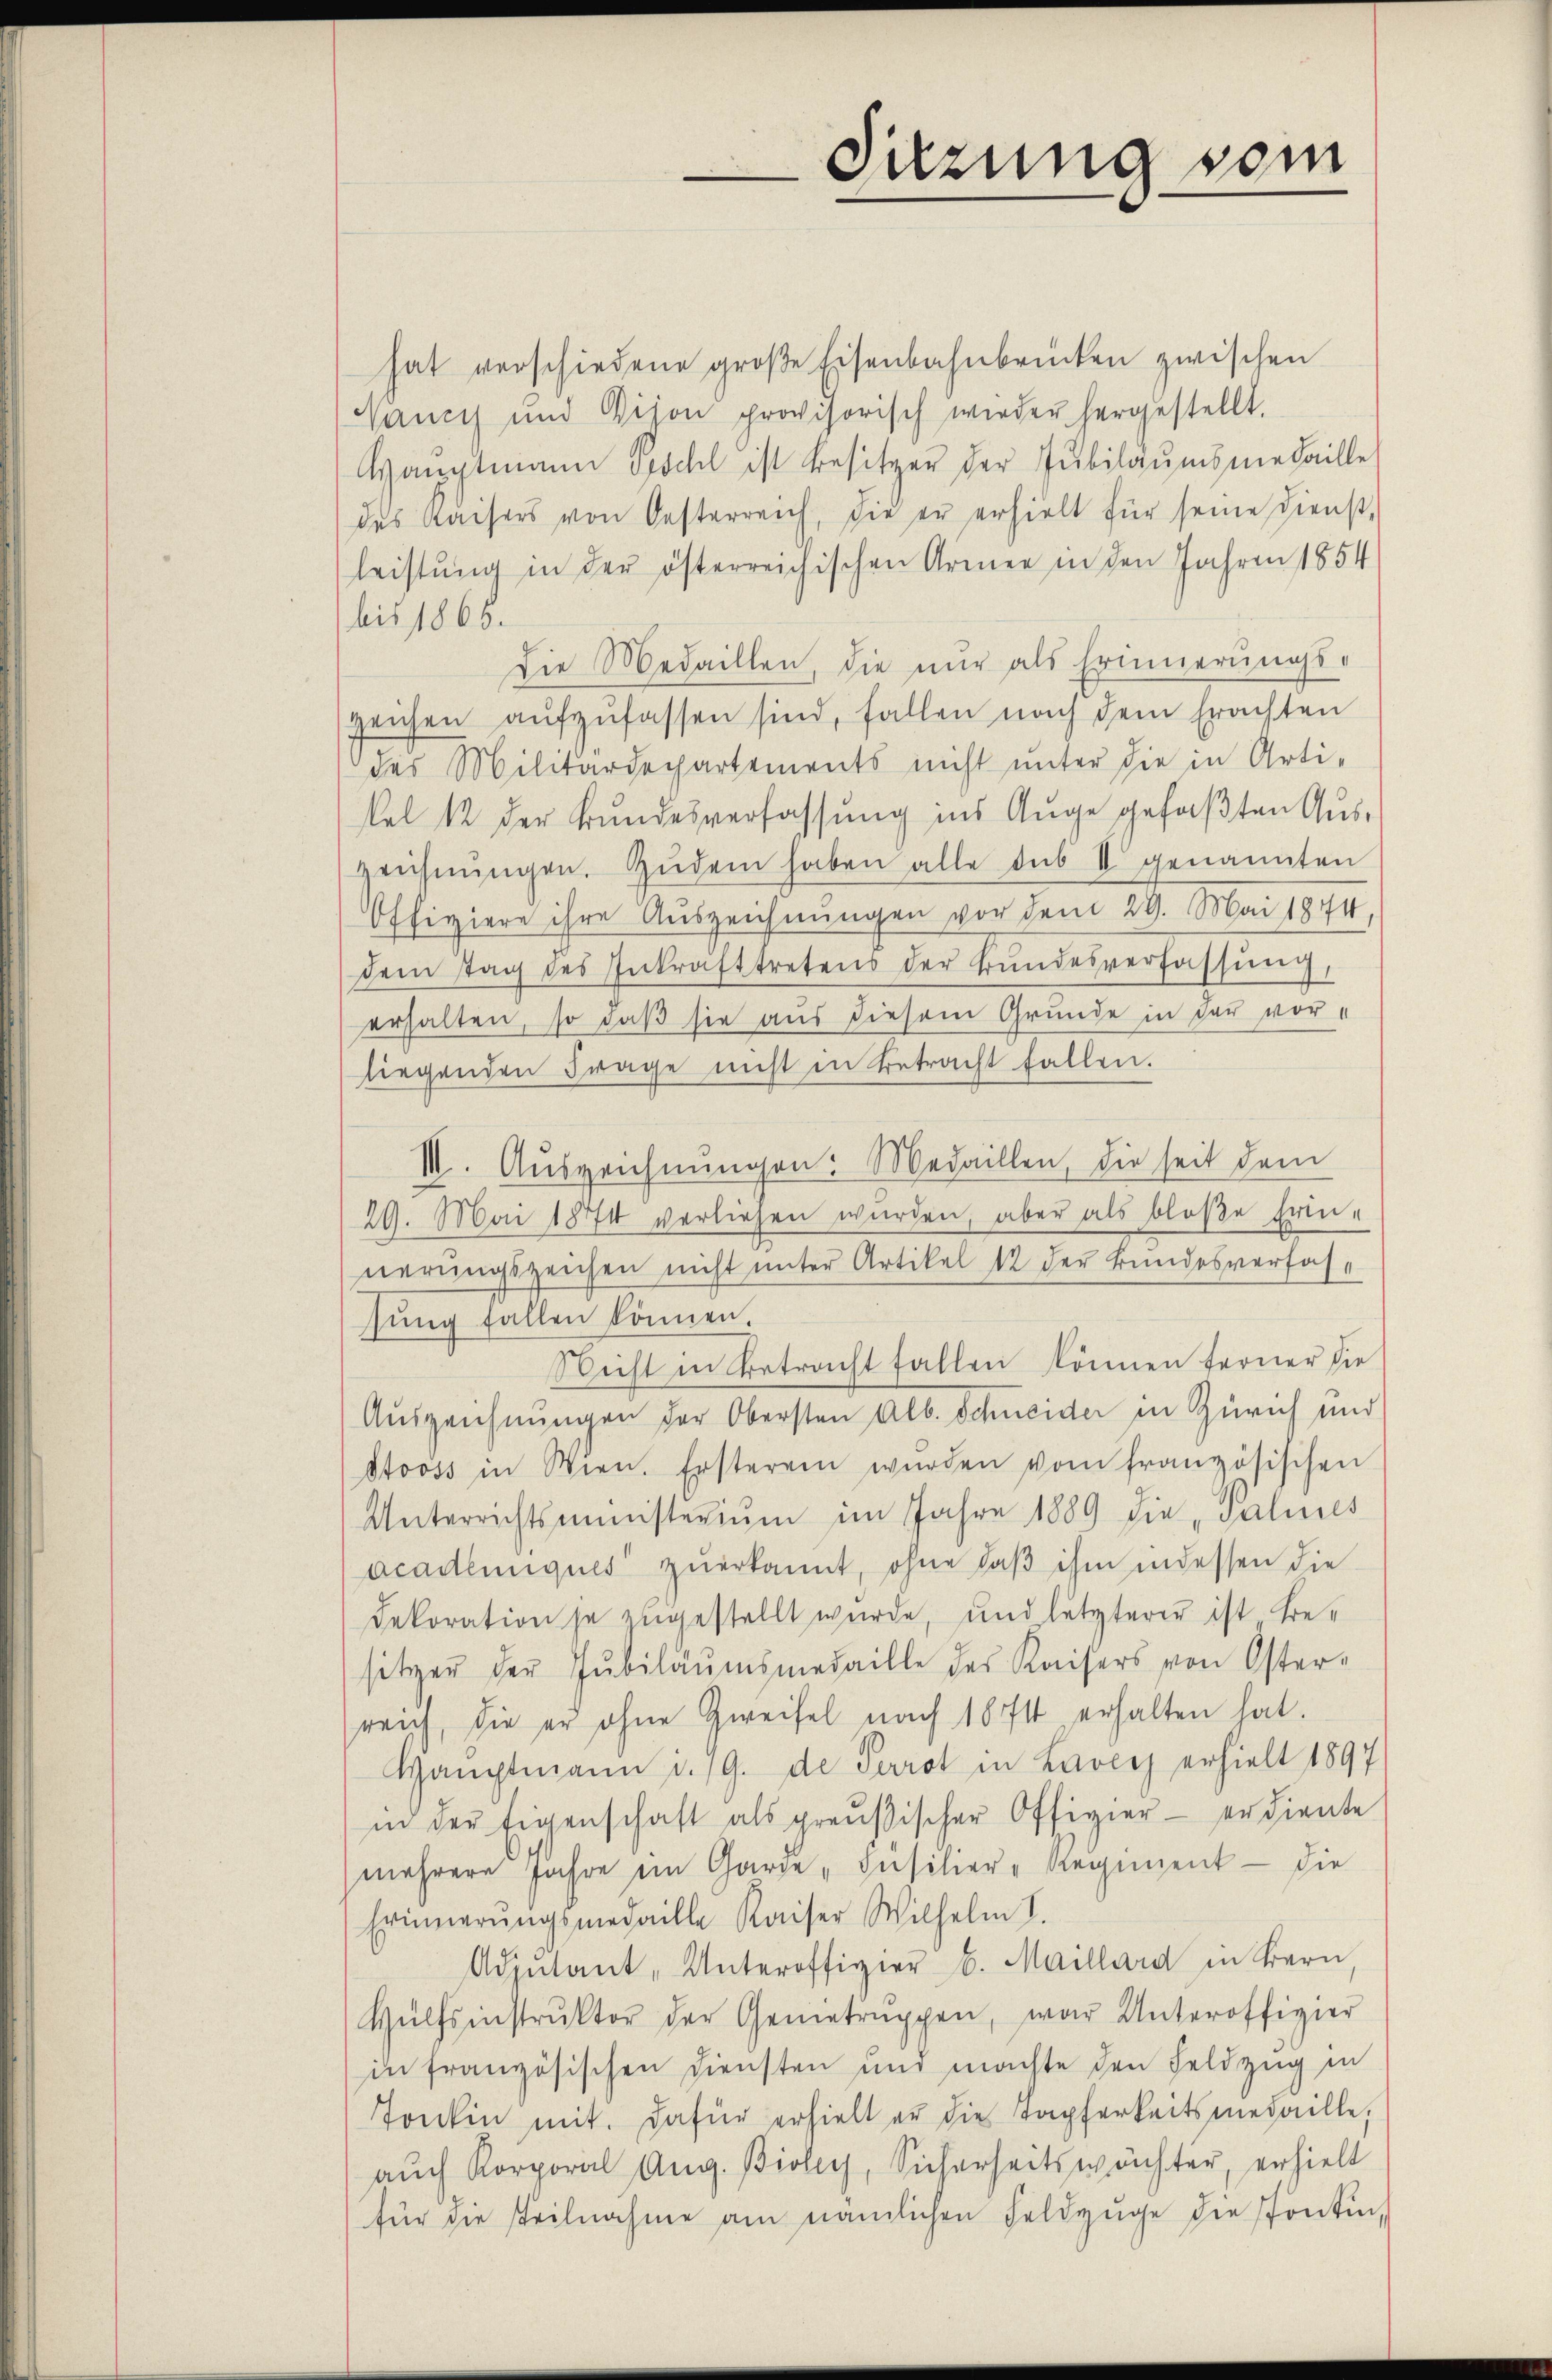
Sitzung vom

hat verschiedene große Eisenbahnbrücken zwischen
Nancy und Vison provisorisch wieder hergestellt.
Hauptmann Geschl ist Besitzer der Jubilaŭmsmedaille
des Kaisers von Oesterreich, die er erhielt für seine Dienst,
leistŭng in der österreichischen Armee in den Jahren 1854
bis 1865.
Die Medaillen, die nur als Erinnerungs-
zeichen aufzufassen sind, fallen nach dem Erachten
des Militärdepartements nicht unter die in Arti-
kel 12 der Bundesverfassung ins Auge gefaßten Auszeichnŭngen. Zŭdem haben alle sub II genannten
Offiziere ihre Auszeichnungen vor dem 29. Mai 1874,
dem tag des Inkrafttretens der Bŭndesverfassŭng,
erhalten, so daβ sie aus diesem Grunde in der vor-
liegenden Frage nicht in Betracht fallen.
III. Auszeichnŭngen: Medaillen, die seit dem
29. Mai 1874 verliesen wurden, aber als bloße Erin-
nerungszeichen nicht unter Artikel 12 der Bundesverfassŭng fallen können.
Nicht in Betracht fallen können ferner die
Auszeichnungen der Obersten Alb. Schneider in Zürich und
Stooss in Wien. Ersterein würden vom französischen
Unterrichtsministeriŭm im Jahre 1889 die „Palines
academiques zŭerkannt, ohne daβ ihm indessen die
Dekoration je zugestellt wurde, und letzterer ist Besitzer der Jubiläŭmsmedaille des Kaisers von Oster-
reich, die er ohne Zweifel nach 10 fl erhalten hat.
Haŭptmann u. 19. de Perrot in Laver erhielt 1897
in der Eigenschaft als preußischer Offizier- erdiente
mehrere Jahre im Garge "Insilier-Regiment - die
Erinnerungsmedaille Kaiser Wilhelm I.
Adjutant, Unteroffizier b. Maillard in Bern,
Hülfsinstrŭktor der Genietruppen, war Unteroffizier
in französischen Diensten und machte den Feldzug in
Tontin mit. Dafür erhielt er die Tapferkeitsmedaille,
aŭch Korporal Aŭg. Bioley, Sicherheitswächter, erhielt
für die Teilnahme am nämlichen Feldzuge die Pontin,